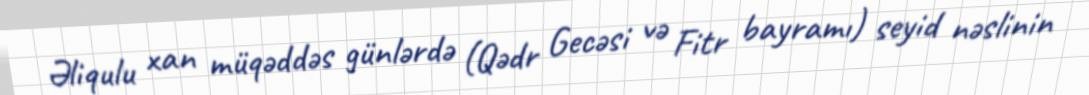
Əliqulu xan müqəddəs günlərdə (Qədr Gecəsi və Fitr bayramı) seyid nəslinin